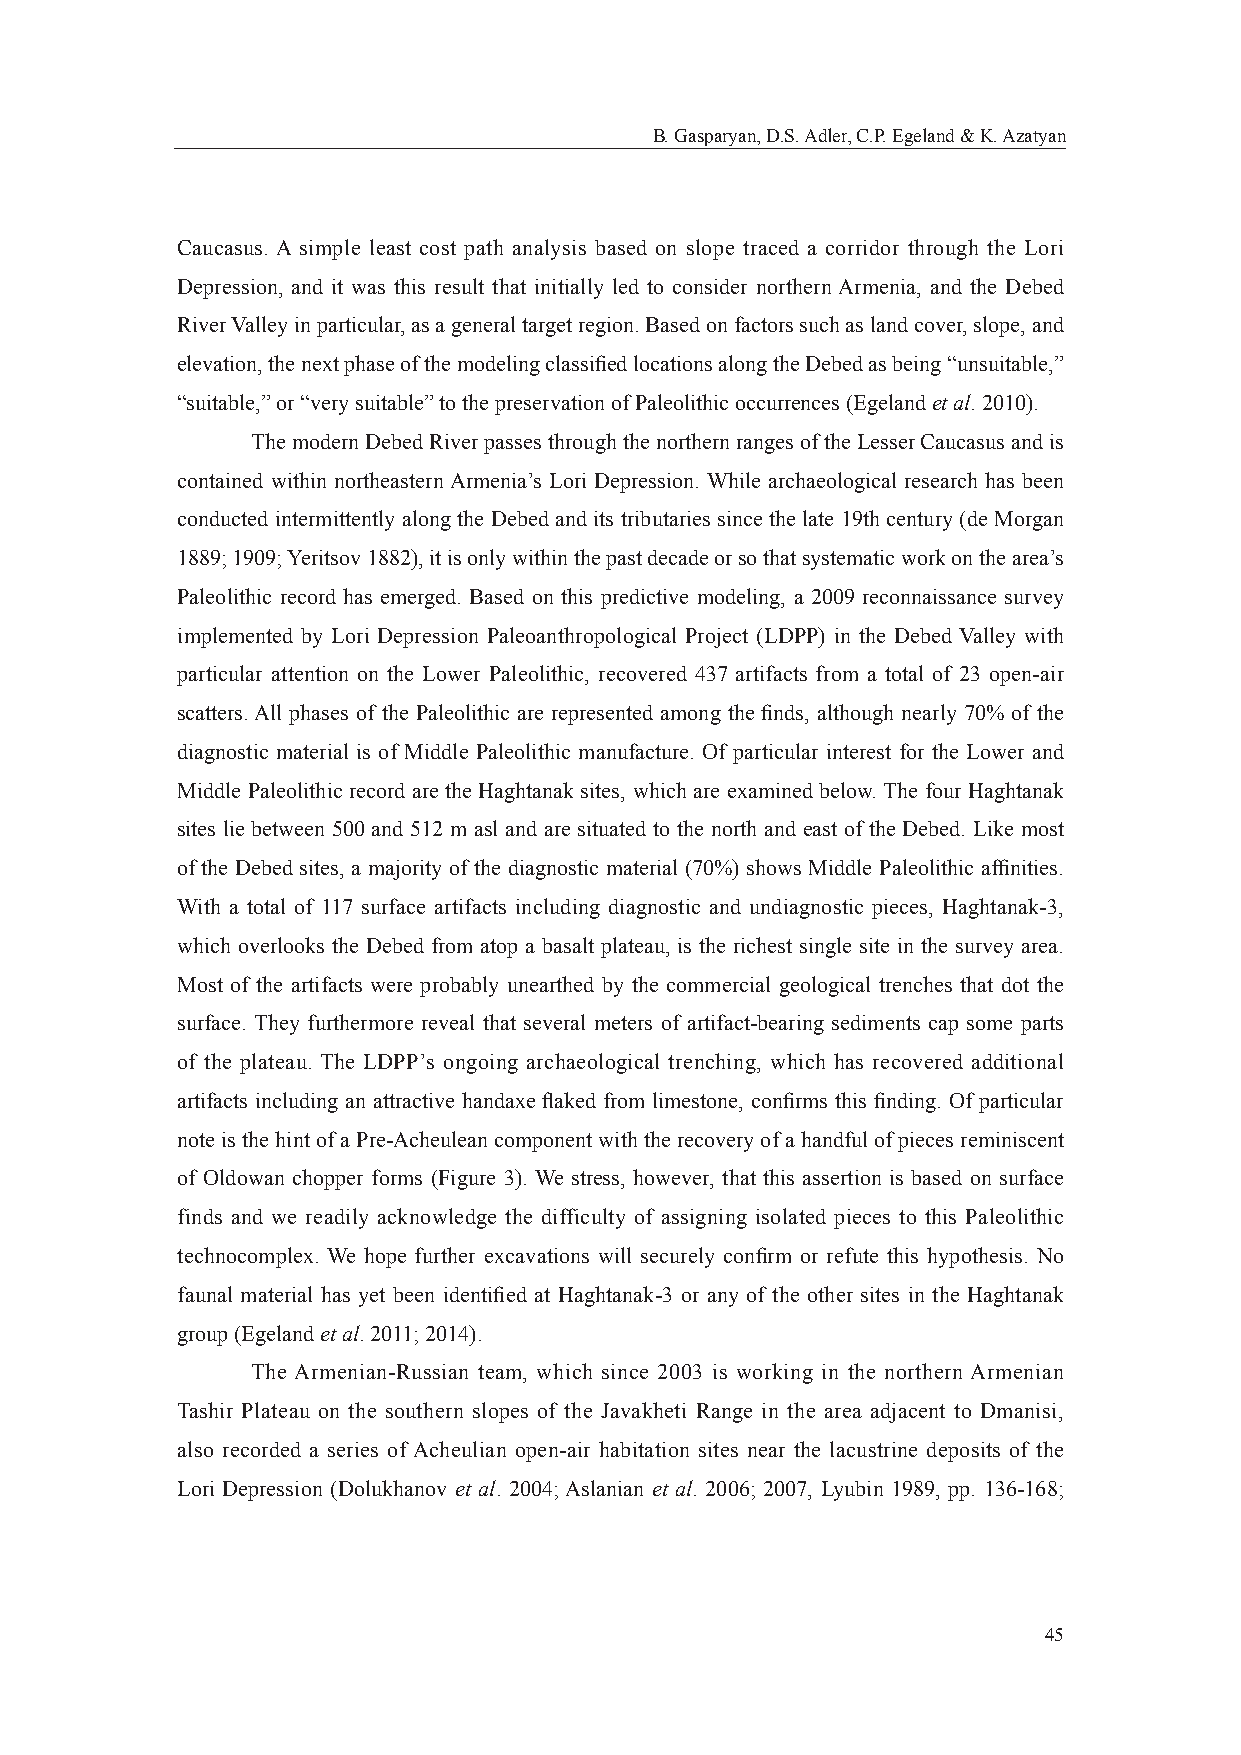
B. Gasparyan, D.S. Adler, C.P. Egeland & K. Azatyan
 Caucasus. A simple least cost path analysis based on slope traced a corridor through the Lori
 Depression, and it was this result that initially led to consider northern Armenia, and the Debed
 River Valley in particular, as a general target region. Based on factors such as land cover, slope, and
 elevation, the next phase of the modeling classifi ed locations along the Debed as being “unsuitable,”
 “suitable,” or “very suitable” to the preservation of Paleolithic occurrences (Egeland et al. 2010).
 The modern Debed River passes through the northern ranges of the Lesser Caucasus and is
 contained within northeastern Armenia’s Lori Depression. While archaeological research has been
 conducted intermittently along the Debed and its tributaries since the late 19th century (de Morgan
 1889; 1909; Yeritsov 1882), it is only within the past decade or so that systematic work on the area’s
 Paleolithic record has emerged. Based on this predictive modeling, a 2009 reconnaissance survey
 implemented by Lori Depression Paleoanthropological Project (LDPP) in the Debed Valley with
 particular attention on the Lower Paleolithic, recovered 437 artifacts from a total of 23 open-air
 scatters. All phases of the Paleolithic are represented among the fi nds, although nearly 70% of the
 diagnostic material is of Middle Paleolithic manufacture. Of particular interest for the Lower and
 Middle Paleolithic record are the Haghtanak sites, which are examined below. The four Haghtanak
 sites lie between 500 and 512 m asl and are situated to the north and east of the Debed. Like most
 of the Debed sites, a majority of the diagnostic material (70%) shows Middle Paleolithic affi nities.
 With a total of 117 surface artifacts including diagnostic and undiagnostic pieces, Haghtanak-3,
 which overlooks the Debed from atop a basalt plateau, is the richest single site in the survey area.
 Most of the artifacts were probably unearthed by the commercial geological trenches that dot the
 surface. They furthermore reveal that several meters of artifact-bearing sediments cap some parts
 of the plateau. The LDPP’s ongoing archaeological trenching, which has recovered additional
 artifacts including an attractive handaxe fl aked from limestone, confi rms this fi nding. Of particular
 note is the hint of a Pre-Acheulean component with the recovery of a handful of pieces reminiscent
 of Oldowan chopper forms (Figure 3). We stress, however, that this assertion is based on surface
 finds and we readily acknowledge the difficulty of assigning isolated pieces to this Paleolithic
 technocomplex. We hope further excavations will securely confi rm or refute this hypothesis. No
 faunal material has yet been identifi ed at Haghtanak-3 or any of the other sites in the Haghtanak
 group (Egeland et al. 2011; 2014).
 The Armenian-Russian team, which since 2003 is working in the northern Armenian
 Tashir Plateau on the southern slopes of the Javakheti Range in the area adjacent to Dmanisi,
 also recorded a series of Acheulian open-air habitation sites near the lacustrine deposits of the
 Lori Depression (Dolukhanov et al. 2004; Aslanian et al. 2006; 2007, Lyubin 1989, pp. 136-168;
 45